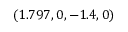
( 1 . 7 9 7 , 0 , - 1 . 4 , 0 )